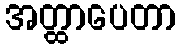
အတ္ထာပေတာ